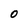
Character: O